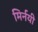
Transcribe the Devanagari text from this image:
मिर्नयी